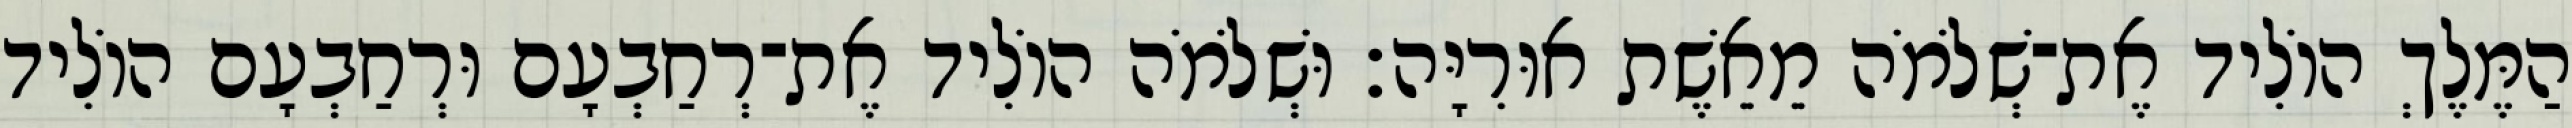
הַמֶּלֶךְ הוֹלִיד אֶת־שְׁלֹמֹה מֵאֵשֶׁת אוּרִיָּה׃ וּשְׁלֹמֹה הוֹלִיד אֶת־רְחַבְעָם וּרְחַבְעָם הוֹלִיד